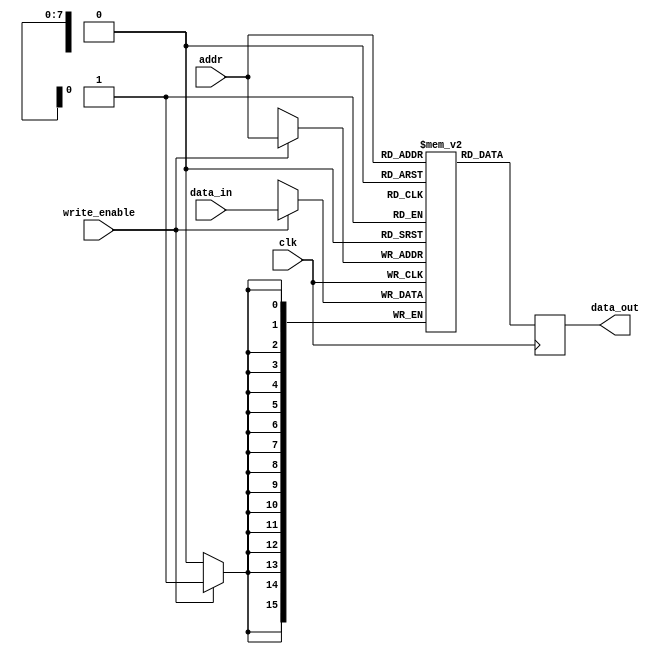
module otp_rom #(
  parameter ADDRESS_WIDTH = 8, // specify number of address lines
  parameter DATA_WIDTH = 16,   // specify number of data lines
  parameter MEMORY_SIZE = 256  // specify size of memory
) (
  input wire clk,
  input wire [ADDRESS_WIDTH-1:0] addr,
  input wire [DATA_WIDTH-1:0] data_in,
  input wire write_enable,
  output reg [DATA_WIDTH-1:0] data_out
);

reg [DATA_WIDTH-1:0] memory [0:MEMORY_SIZE-1]; // declare memory array

always @(posedge clk) begin
  if (write_enable) begin
    memory[addr] <= data_in; // write data to specific memory location
  end
  data_out <= memory[addr]; // read data from specific memory location
end

endmodule